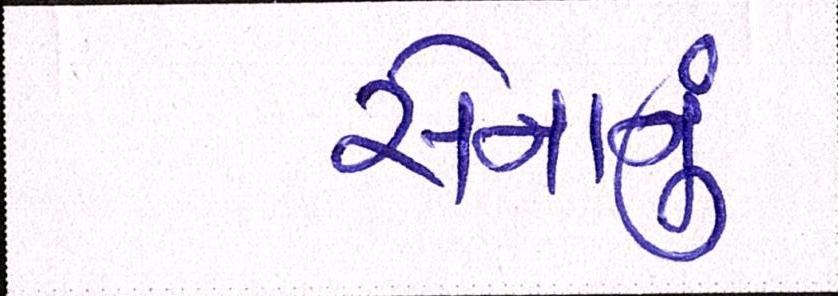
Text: સેનાનું